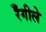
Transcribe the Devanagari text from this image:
रँगीले